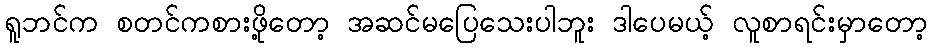
ရူဘင်က စတင်ကစားဖို့တော့ အဆင်မပြေသေးပါဘူး ဒါပေမယ့် လူစာရင်းမှာတော့